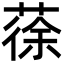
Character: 蒣